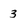
Character: 3